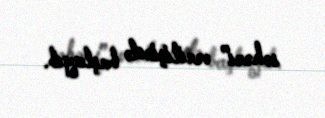
səhəri” verilişində başlayıb.